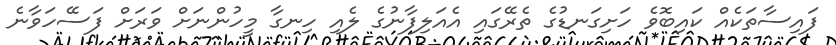
ފައިސާތަކެއް ކައިބޮވެ ހަށިގަނޑުގެ ތެރޭގައި އެއަލިފާނުގެ ލެއި ހިނގާ މީހުންނަށް ވަރަށް ފަސޭހަވާނެ